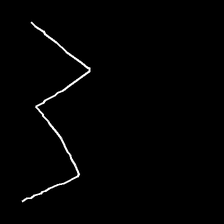
Glyph: crush